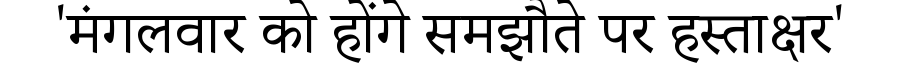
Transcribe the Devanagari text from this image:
'मंगलवार को होंगे समझौते पर हस्ताक्षर'